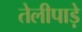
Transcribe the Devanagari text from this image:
तेलीपाड़े